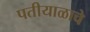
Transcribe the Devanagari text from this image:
पतीयाळाचे